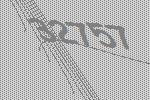
32757